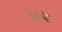
૩૮૨